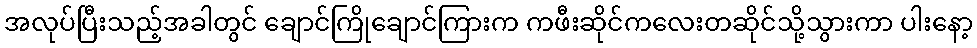
အလုပ်ပြီးသည့်အခါတွင် ချောင်ကြိုချောင်ကြားက ကဖီးဆိုင်ကလေးတဆိုင်သို့သွားကာ ပါးနော့